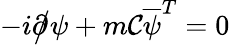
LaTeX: -i{\partial\! \! \! {\big/}}\psi+m\mathcal{C}{\overline{{{\psi}}}}^{T}=0